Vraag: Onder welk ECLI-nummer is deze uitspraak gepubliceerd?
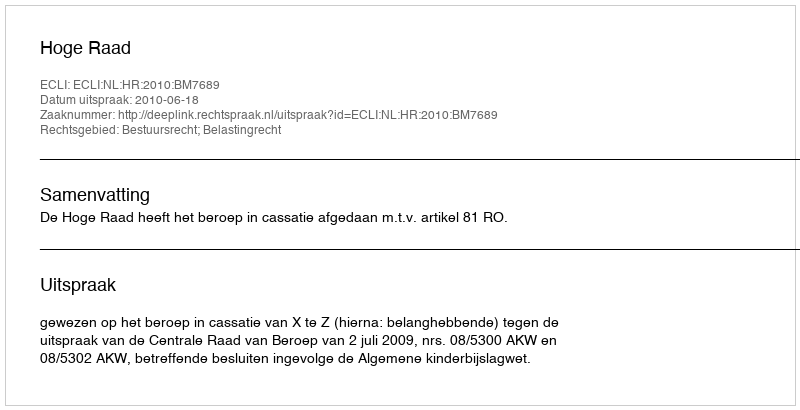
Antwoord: ECLI:NL:HR:2010:BM7689